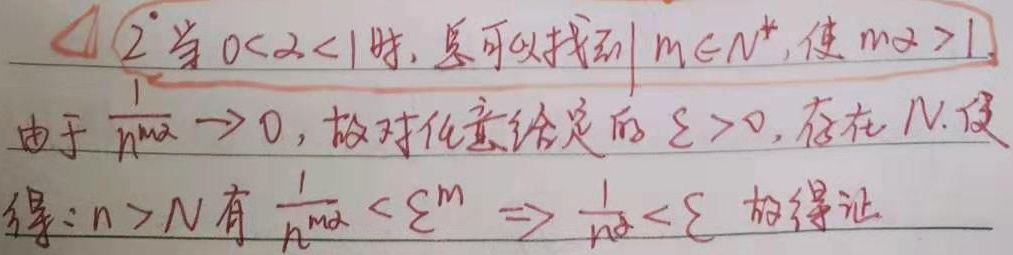
$\triangle$ \(2^{\circ}\)当\(0<\alpha <1\)时，总可以找到\(m\in N^{*}\)，使\(m\alpha>1\)。由于\(\frac{1}{n^{m\alpha}}\to 0\)，故对任意给定的\(\varepsilon>0\)，存在\(N\)，使得当\(n > N\)时有\(\frac{1}{n^{m\alpha}}<\varepsilon^{m}\Rightarrow\frac{1}{n^{\alpha}}<\varepsilon\) 。故得证